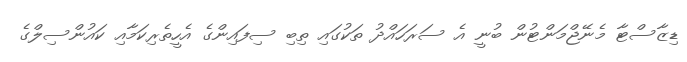
ޑިޒާސްޓާ މެނޭޖްމަންޓުން ބުނީ އެ ސަރަހައްދު ތަކުގައި ތިބި ސިފައިންގެ އެހީތެރިކަމާއި ކައުންސިލްގެ